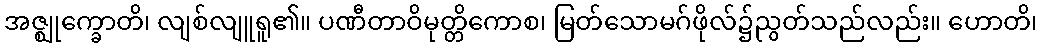
အဇ္ဈုက္ခောတိ၊ လျစ်လျူရူ၏။ ပဏီတာဝိမုတ္တိကောစ၊ မြတ်သောမဂ်ဖိုလ်၌ညွတ်သည်လည်း။ ဟောတိ၊